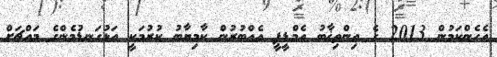
އެހެންކަމުން 2013 ގެ އިންތިޚާބު އެމްޑީޕީ އެއްބުރުން ކާމިޔާބު ކުރުމަކީ އަޅުގަނޑުމެންގެ މައްޗަށް